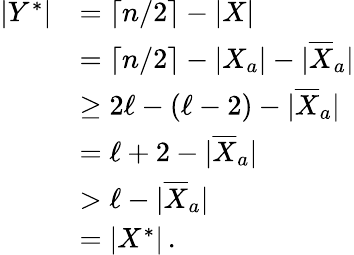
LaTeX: \begin{array}{rl}{|Y^{*}|}&{=\lceil n/2\rceil-|X|}\\ &{=\lceil n/2\rceil-|X_{a}|-|\overline{{X}}_{a}|}\\ &{\geq 2\ell-(\ell-2)-|\overline{{X}}_{a}|}\\ &{=\ell+2-|\overline{{X}}_{a}|}\\ &{>\ell-|\overline{{X}}_{a}|}\\ &{=|X^{*}|\, .}\end{array}